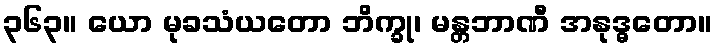
၃၆၃။ ယော မုခသံယတော ဘိက္ခု၊ မန္တဘာဏီ အနုဒ္ဓတော။